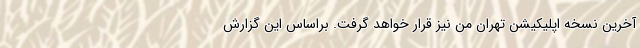
آخرین نسخه اپلیکیشن تهران من نیز قرار خواهد گرفت. براساس این گزارش